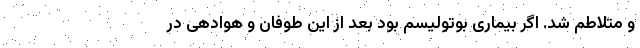
و متلاطم شد. اگر بیماری بوتولیسم بود بعد از این طوفان و هوادهی در